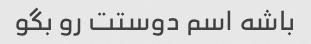
باشه اسم دوستت رو بگو